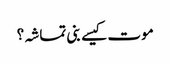
موت کیسے بنی تماشہ؟